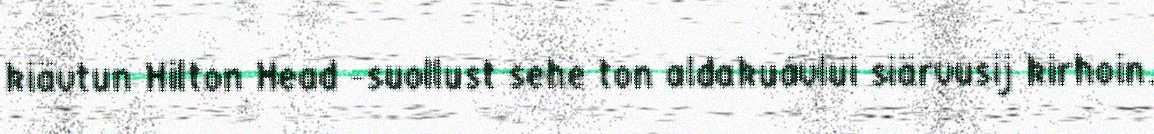
kiävtun Hilton Head -suollust sehe ton aldakuávlui siärvusij kirhoin.